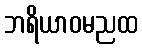
ဘရိယာဝမညထ